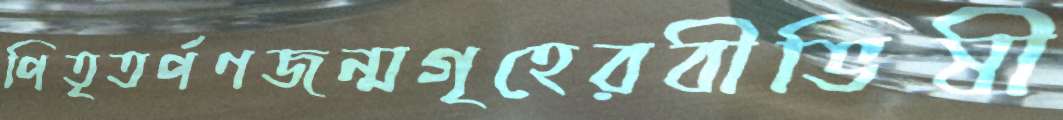
পিতৃতর্পণজন্মগৃহেরবীভিষী